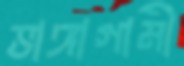
ভাঙ্গাগামী